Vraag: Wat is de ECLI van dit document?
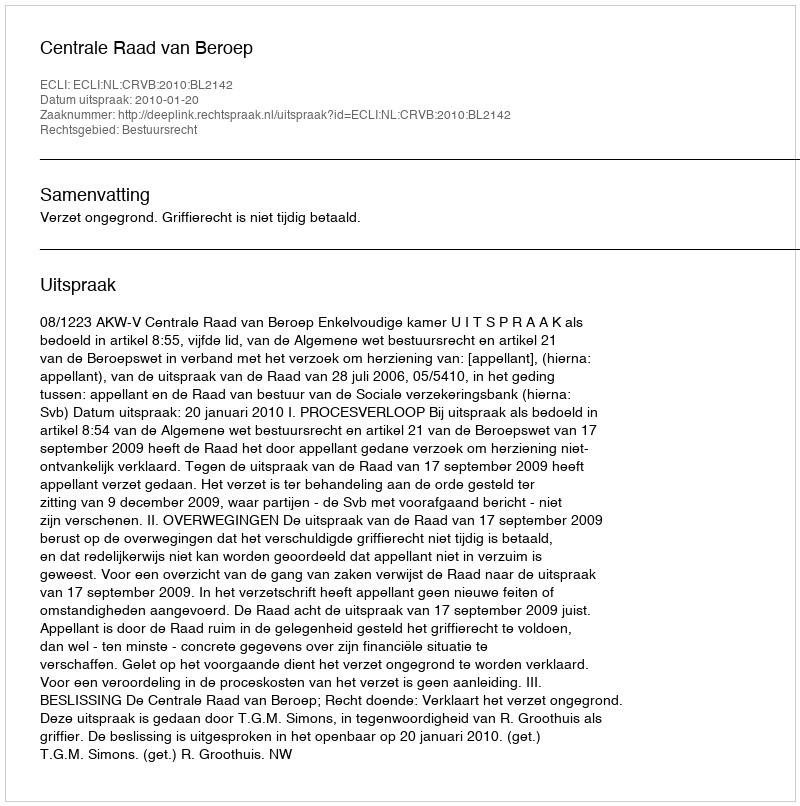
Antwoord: ECLI:NL:CRVB:2010:BL2142